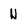
Character: N